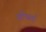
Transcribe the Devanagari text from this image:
स्टैफर्ड